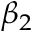
\beta _ { 2 }